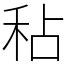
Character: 秥